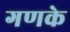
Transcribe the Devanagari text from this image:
गणके